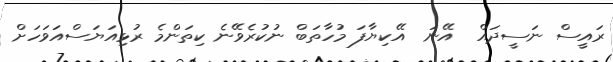
ރައީސް ނަސީދައް  އޭނަ  އޭކިޔާފަ މުހާތަބް ނުކުރެވޭނެ ކިތަންމެ ރުޅިއަޔަސްއަވަހަށް